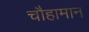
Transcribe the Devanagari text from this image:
चौहामान